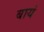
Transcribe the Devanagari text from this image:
बायं